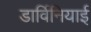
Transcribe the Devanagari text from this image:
डार्विनियाई